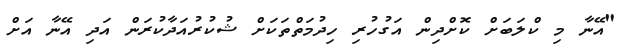
"އޭނާ މި ކްލަބަށް ކޮށްދިން އަގުހުރި ހިދުމަތްތަކަށް ޝުކުރުއަދާކުރަން އަދި އޭނާ އަށް